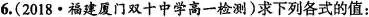
6.(2018·福建厦门双十中学高一检测)求下列各式的值